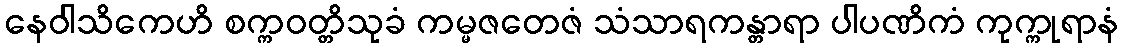
နေဝါသိကေဟိ စက္ကဝတ္တိသုခံ ကမ္မဇတေဇံ သံသာရကန္တာရာ ပါပဏိကံ ကုက္ကုရာနံ